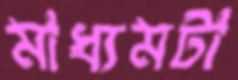
মাধ্যমটা